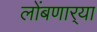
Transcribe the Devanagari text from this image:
लोंबणार्‍या